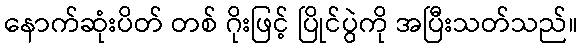
နောက်ဆုံးပိတ် တစ် ဂိုးဖြင့် ပြိုင်ပွဲကို အပြီးသတ်သည်။